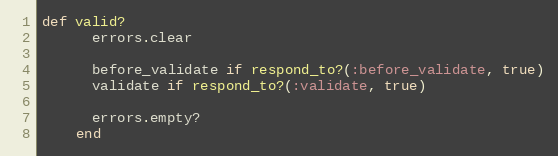
Language: Ruby
def valid?
      errors.clear

      before_validate if respond_to?(:before_validate, true)
      validate if respond_to?(:validate, true)

      errors.empty?
    end